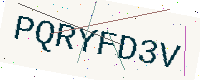
Text: PQRYFD3V